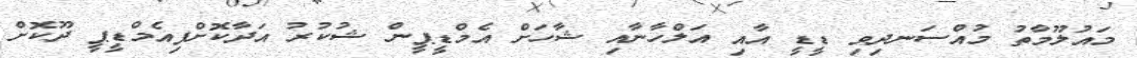
މައުލޫމާތު މުއްސަނދިވި ޑީޑީ އާއި އަލްހާނާއި ޝާހަށް އެމްޑީޕީން ޝުކުރު އަދާކޮށްފިއެމްޑީޕީ ދޫކޮށް